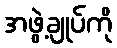
အဖွဲ့ချုပ်ကို